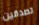
تصدقين